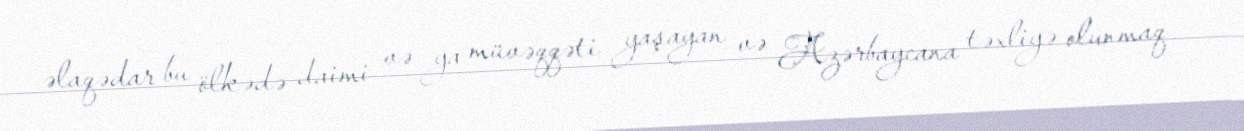
əlaqədar bu ölkədə daimi və ya müvəqqəti yaşayan və Azərbaycana təxliyə olunmaq